Punjab Mental Hospital Lahore 1932-46 - 1932-1946
Year: 1932
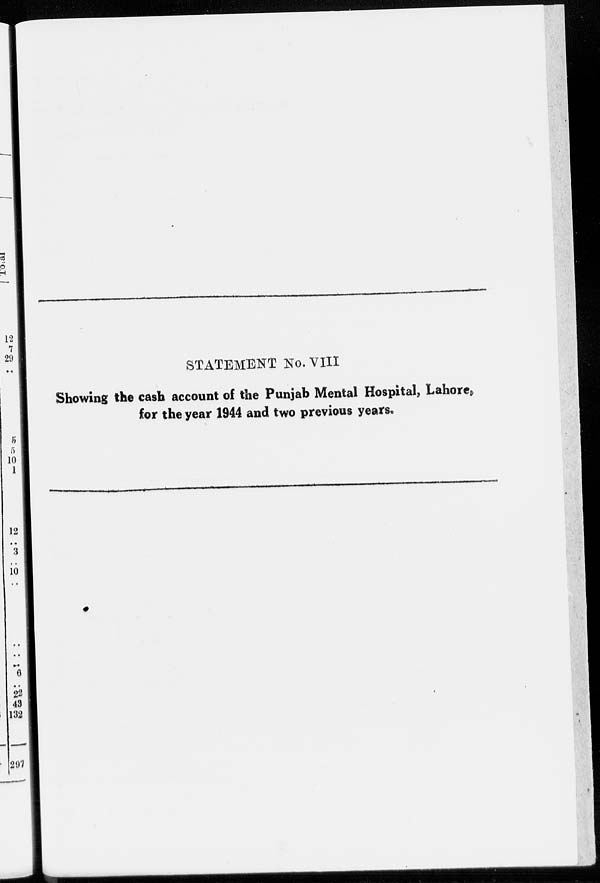
STATEMENT No. VIII
Showing the cash account of the Punjab Mental Hospital, Lahore,
for the year 1944 and two previous years.